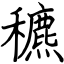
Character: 穮